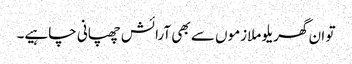
تو ان گھریلو ملازموں سے بھی آرائش چھپانی چاہیے۔